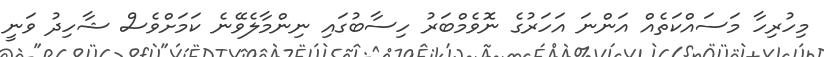
މިހުރިހާ މަސައްކަތެއް އަންނަ އަހަރުގެ ނޮވެމްބަރު ހިސާބުގައި ނިންމާލެވޭނެ ކަމަށްވެސް ޝާހިދު ވަނީ